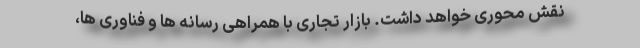
نقش محوری خواهد داشت. بازار تجاری با همراهی رسانه ها و فناوری ها،